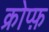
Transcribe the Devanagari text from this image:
क्रोप्फ़